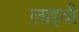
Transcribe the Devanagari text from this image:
लाइवी